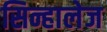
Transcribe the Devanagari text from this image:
सिन्हालेज